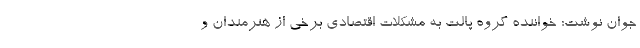
جوان نوشت: خواننده گروه پالت به مشکلات اقتصادی برخی از هنرمندان و